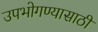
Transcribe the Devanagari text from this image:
उपभोगण्यासाठी